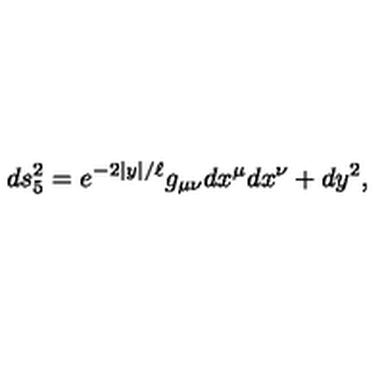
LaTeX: d s _ { 5 } ^ { 2 } = e ^ { - 2 | y | / \ell } g _ { \mu \nu } d x ^ { \mu } d x ^ { \nu } + d y ^ { 2 } ,